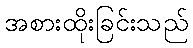
အစားထိုးခြင်းသည်